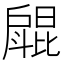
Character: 𱟥